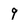
Character: q